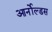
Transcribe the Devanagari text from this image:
आर्नोल्डस